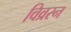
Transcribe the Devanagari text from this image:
विव्ररन